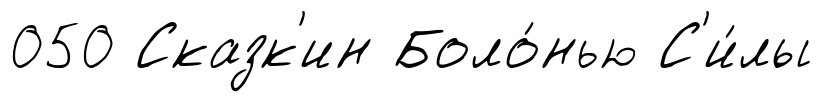
050 Сказк'ин Боло́нью С'и́лы